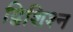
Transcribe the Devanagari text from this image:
द्विशिश्न